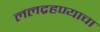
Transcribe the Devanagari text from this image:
ललद्रहण्याचा